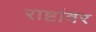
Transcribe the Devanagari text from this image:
राष्टांवर